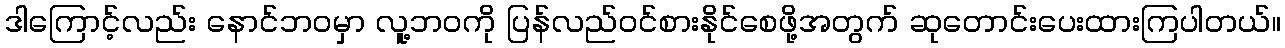
ဒါကြောင့်လည်း နောင်ဘဝမှာ လူ့ဘဝကို ပြန်လည်ဝင်စားနိုင်စေဖို့အတွက် ဆုတောင်းပေးထားကြပါတယ်။